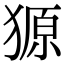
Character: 獂